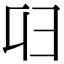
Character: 𠨔